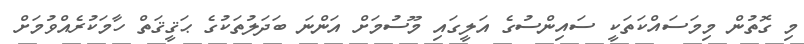
މި ގޮތުން މިމަސައްކަތަކީ ސައިންސުގެ އަލީގައި މޫސުމަށް އަންނަ ބަދަލުތަކުގެ ޙަޤީޤަތް ހާމަކުރެއްވުމަށް